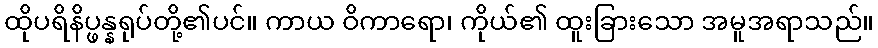
ထိုပရိနိပ္ဖန္နရုပ်တို့၏ပင်။ ကာယ ဝိကာရော၊ ကိုယ်၏ ထူးခြားသော အမူအရာသည်။